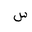
Letter: _sin